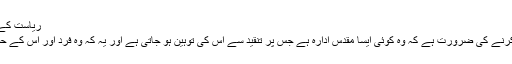
ریاست کے تصورمیں اصلاح کی ضرورت
ریاست کے اس تصور کو تبدیل کرنے کی ضرورت ہے کہ وہ کوئی ایسا مقدس ادارہ ہے جس پر تنقید سے اس کی توہین ہو جاتی ہے اور یہ کہ وہ فرد اور اس کے حقوق سے زیادہ اہمیت رکھتی ہے۔